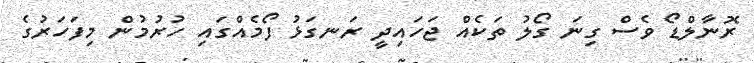
ރޮނާލްޑޯ ވެސް ގިނަ ގޯލު ތަކެއް ޖަހައިދީ ރަނގަޅު ފޯމެއްގައި ހުރުމުން މިފަހަރުގެ